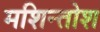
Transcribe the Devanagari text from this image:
मशिन्तोश